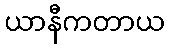
ယာနီကတာယ